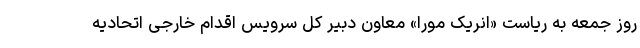
روز جمعه به ریاست «انریک مورا» معاون دبیر کل سرویس اقدام خارجی اتحادیه